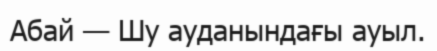
Абай — Шу ауданындағы ауыл.